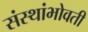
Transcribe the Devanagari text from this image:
संस्थांभोवती